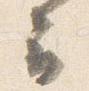
云